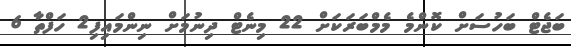
ބަޖެޓް ބަހުސަށް ކޮންމެ މެމްބަރަކަށް 22 މިނެޓް ދިނުމަށް ނިންމައިފި2 ހަފްތާ 6